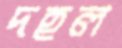
দহল